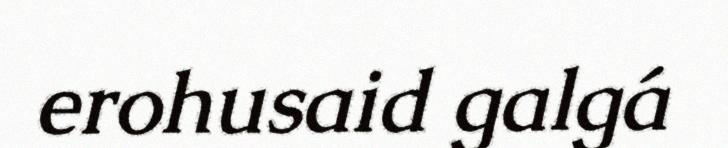
erohusaid galgá